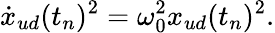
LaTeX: \dot{x}_{ud}(t_{n})^{2}=\omega_{0}^{2}x_{ud}(t_{n})^{2}.